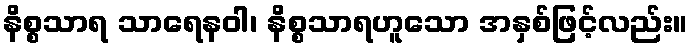
နိစ္စသာရ သာရေနဝါ၊ နိစ္စသာရဟူသော အနှစ်ဖြင့်လည်း။